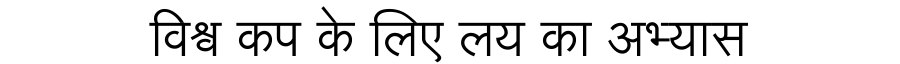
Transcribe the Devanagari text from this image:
विश्व कप के लिए लय का अभ्यास